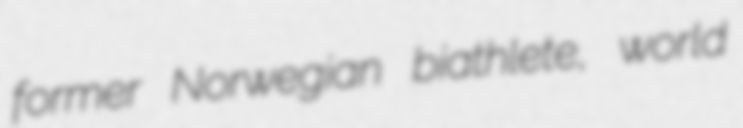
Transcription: former Norwegian biathlete, world